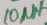
Text: 10µF